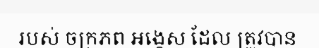
របស់ ចក្រភព អង្គេស ដែល ត្រូវបាន